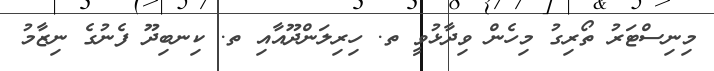
މިނިސްޓަރު ތޯރިގު މިހެން ވިދާޅުވީ ތ. ހިރިލަންދޫއާއި ތ. ކިނބިދޫ ފެނުގެ ނިޒާމު